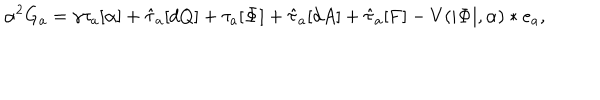
\alpha ^ { 2 } G _ { a } = \gamma \tau _ { a } [ \alpha ] + \hat { \tau } _ { a } [ d Q ] + \tau _ { a } [ { \bf \Phi } ] + \hat { \tau } _ { a } [ d A ] + \hat { \tau } _ { a } [ { \bf F } ] - V ( | { \bf \Phi } | , \alpha ) * e _ { a } ,